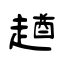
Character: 趥